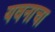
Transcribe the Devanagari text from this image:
यवनाचा